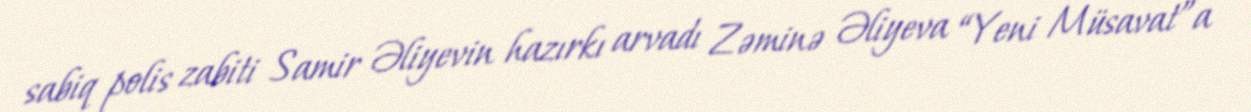
sabiq polis zabiti Samir Əliyevin hazırkı arvadı Zəminə Əliyeva “Yeni Müsavat”a